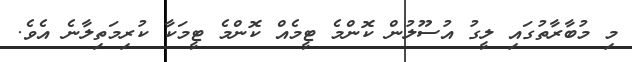
މި މުބާރާތުގައި ލީގު އުސޫލުން ކޮންމެ ޓީމެއް ކޮންމެ ޓީމަކާ ކުރިމަތިލާނެ އެވެ.